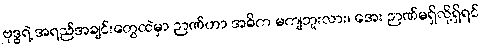
ဗုဒ္ဓရဲ့ အရည်အချင်းတွေထဲမှာ ဉာဏ်ဟာ အဓိက မကျဘူးလား၊ အေး ဉာဏ်မရှိလို့ရှိရင်